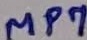
Text: MP7